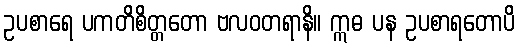
ဥပစာရေ ပကတိစိတ္တတော ဗလဝတရာနိ။ ဣဓ ပန ဥပစာရတောပိ